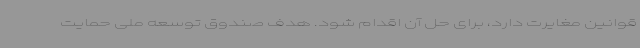
قوانین مغایرت دارد، برای حل آن اقدام شود. هدف صندوق توسعه ملی حمایت